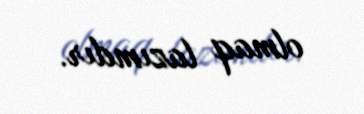
olmaq lazımdır.